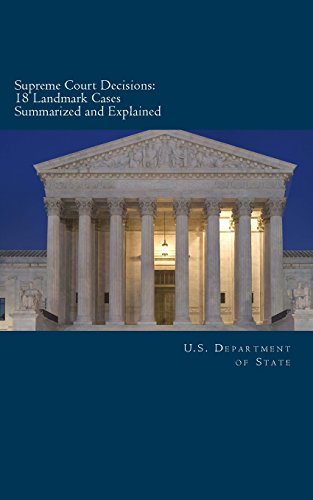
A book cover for Supreme Court Decisions: 18 Landmark Cases Summarized and Explained; U.S. Department of State; Law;